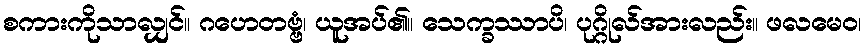
စကားကိုသာလျှင်။ ဂဟေတဗ္ဗံ၊ ယူအပ်၏။ သေက္ခဿာပိ၊ ပုဂ္ဂိုလ်အားလည်း။ ဖလမေဝ၊